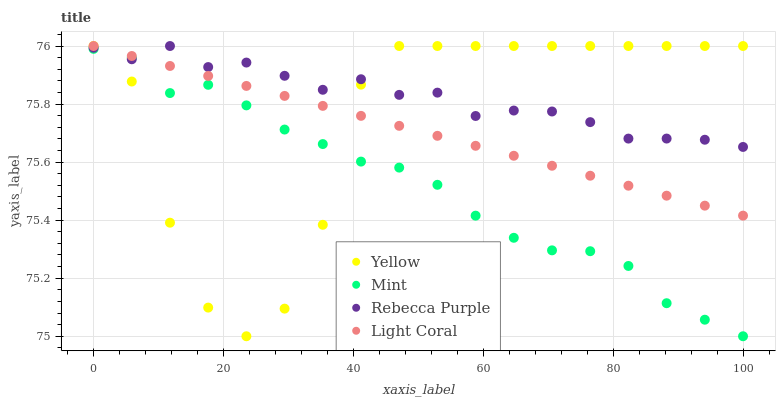
| xaxis_label | Yellow | Mint | Rebecca Purple | Light Coral |
 | --- | --- | --- | --- | --- |
 | 0 | 76 | 76 | 76 | 76 |
 | 5.88 | 75.9 | 76 | 76 | 76 |
 | 11.8 | 75.4 | 75.8 | 76 | 75.9 |
 | 17.6 | 75.1 | 75.9 | 75.9 | 75.9 |
 | 23.5 | 75 | 75.8 | 75.9 | 75.9 |
 | 29.4 | 75.1 | 75.7 | 75.9 | 75.8 |
 | 35.3 | 75.4 | 75.7 | 75.8 | 75.8 |
 | 41.2 | 75.9 | 75.6 | 75.9 | 75.8 |
 | 47.1 | 76 | 75.6 | 75.8 | 75.7 |
 | 52.9 | 76 | 75.5 | 75.8 | 75.7 |
 | 58.8 | 76 | 75.4 | 75.8 | 75.7 |
 | 64.7 | 76 | 75.3 | 75.8 | 75.6 |
 | 70.6 | 76 | 75.3 | 75.8 | 75.6 |
 | 76.5 | 76 | 75.3 | 75.7 | 75.6 |
 | 82.4 | 76 | 75.2 | 75.7 | 75.5 |
 | 88.2 | 76 | 75.1 | 75.7 | 75.5 |
 | 94.1 | 76 | 75.1 | 75.7 | 75.4 |
 | 100 | 76 | 75 | 75.7 | 75.4 |